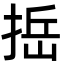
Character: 捳